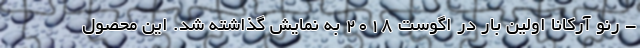
- رنو آرکانا اولین بار در اگوست 2018 به نمایش گذاشته شد. این محصول